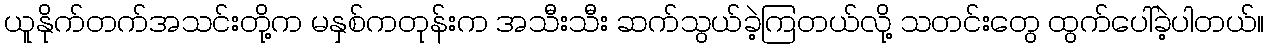
ယူနိုက်တက်အသင်းတို့က မနှစ်ကတုန်းက အသီးသီး ဆက်သွယ်ခဲ့ကြတယ်လို့ သတင်းတွေ ထွက်ပေါ်ခဲ့ပါတယ်။